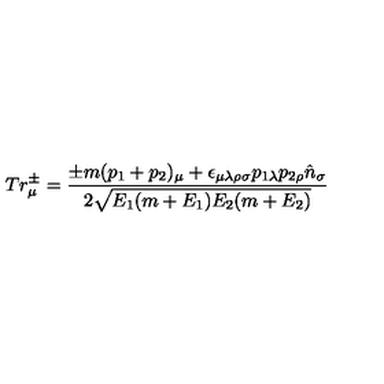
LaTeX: T r _ { \mu } ^ { \pm } = { \frac { \pm m ( p _ { 1 } + p _ { 2 } ) _ { \mu } + \epsilon _ { \mu \lambda \rho \sigma } p _ { 1 \lambda } p _ { 2 \rho } { \hat { n } } _ { \sigma } } { 2 \sqrt { E _ { 1 } ( m + E _ { 1 } ) E _ { 2 } ( m + E _ { 2 } ) } } }